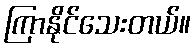
ကြာနိုင်သေးတယ်။